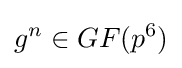
g^{n}\in GF(p^{6})